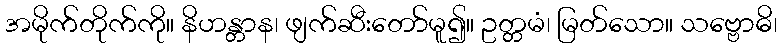
အမိုက်တိုက်ကို။ နိဟန္တာန၊ ဖျက်ဆီးတော်မူ၍။ ဥတ္တမံ၊ မြတ်သော။ သဗ္ဗောဓိ၊